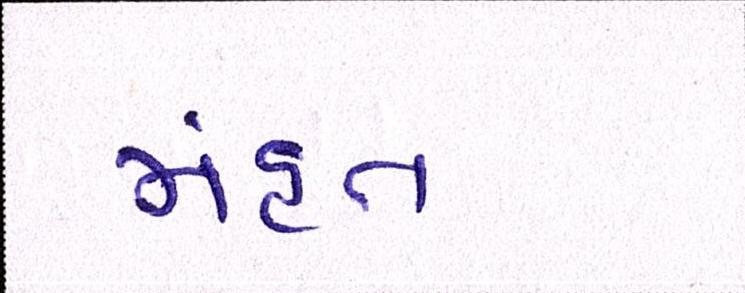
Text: મંહત